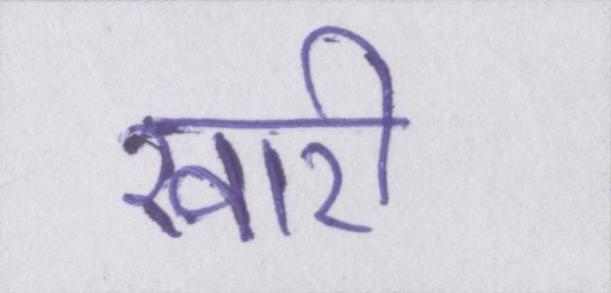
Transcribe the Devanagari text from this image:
खारी